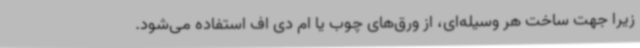
زیرا جهت ساخت هر وسیله‌ای، از ورق‌های چوب یا ام دی اف استفاده می‌شود.